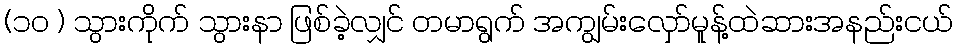
(၁၀ ) သွားကိုက် သွားနာ ဖြစ်ခဲ့လျှင် တမာရွက် အကျွမ်းလှော်မူန့်ထဲဆားအနည်းငယ်